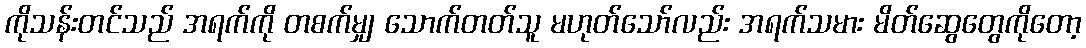
ကိုသန်းတင်သည် အရက်ကို တစက်မျှ သောက်တတ်သူ မဟုတ်သော်လည်း အရက်သမား မိတ်ဆွေတွေကိုတော့